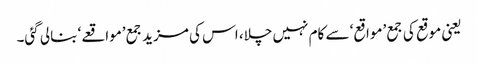
یعنی موقع کی جمع ’مواقع‘ سے کام نہیں چلا، اس کی مزید جمع ’مواقعے‘ بنالی گئی۔